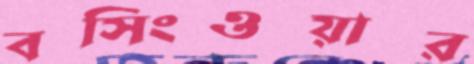
বসিংওয়ার